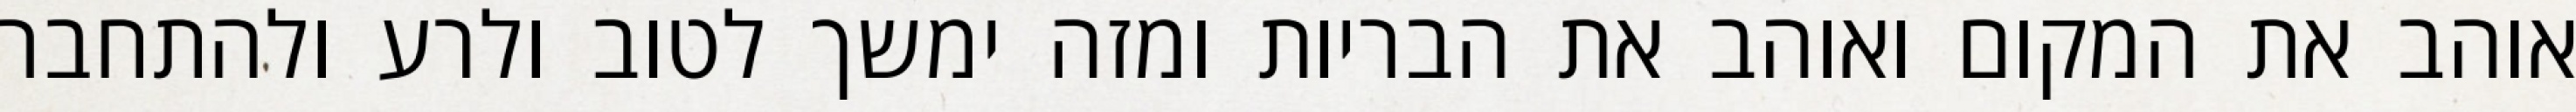
אוהב את המקום ואוהב את הבריות ומזה ימשך לטוב ולרע ולהתחבר